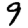
Digit: 9